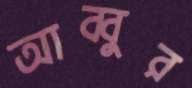
আব্বুর